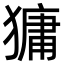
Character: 㺎